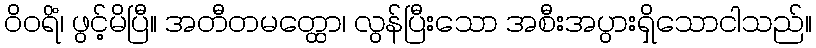
ဝိဝရိံ၊ ဖွင့်မိပြီ။ အတီတမတ္ထော၊ လွန်ပြီးသော အစီးအပွားရှိသောငါသည်။